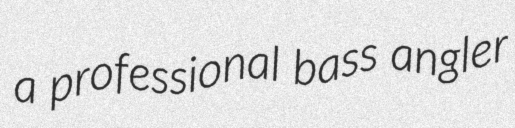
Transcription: a professional bass angler